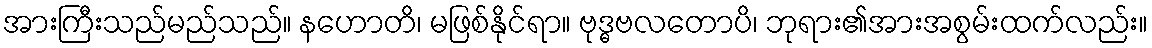
အားကြီးသည်မည်သည်။ နဟောတိ၊ မဖြစ်နိုင်ရာ။ ဗုဒ္ဓဗလတောပိ၊ ဘုရား၏အားအစွမ်းထက်လည်း။